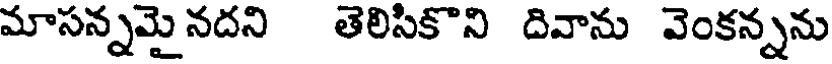
మాసన్నమై నదని తెలిసికొని దివాను వెంకన్నను